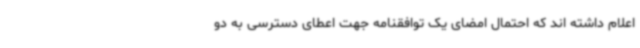
اعلام داشته اند که احتمال امضای یک توافقنامه جهت اعطای دسترسی به دو